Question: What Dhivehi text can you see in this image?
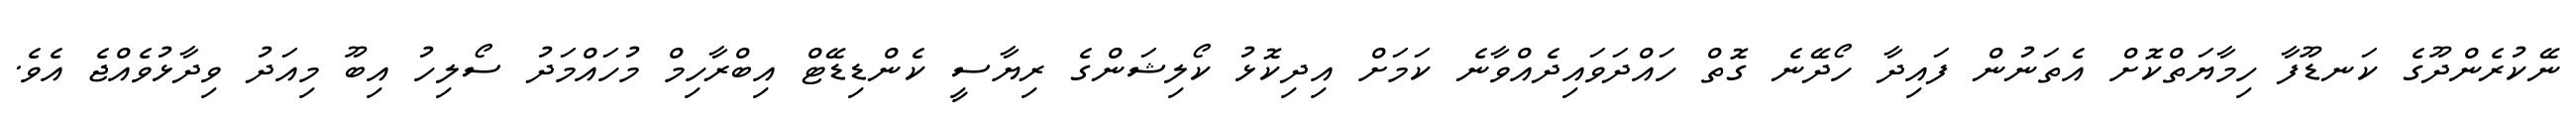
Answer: ނޭކުރެންދޫގެ ކަނޑޫފާ ހިމާޔަތްކޮށް އެތަނުން ފައިދާ ހޯދޭނެ ގޮތް ހައްދަވައިދެއްވާނެ ކަމަށް އިދިކޮޅު ކޯލިޝަންގެ ރިޔާސީ ކެންޑިޑޭޓް އިބްރާހިމް މުހައްމަދު ސޯލިހު އިބޫ މިއަދު ވިދާޅުވެއްޖެ އެވެ.